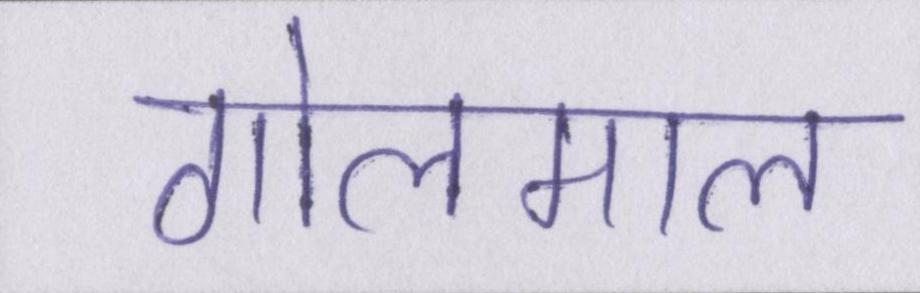
गोलमाल